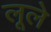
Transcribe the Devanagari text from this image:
लूले